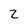
Character: 2